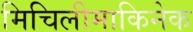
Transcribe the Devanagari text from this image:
मिचिलीमाकिनेक